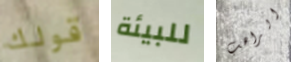
قولك للبيئة الراهب